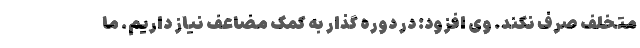
متخلف صرف نکند. وی افزود: در دوره گذار به کمک مضاعف نیاز داریم. ما